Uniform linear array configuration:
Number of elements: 4
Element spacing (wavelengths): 1
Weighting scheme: exponential
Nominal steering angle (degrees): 30
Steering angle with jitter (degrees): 29.801
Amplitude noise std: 0.05
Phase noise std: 0.05

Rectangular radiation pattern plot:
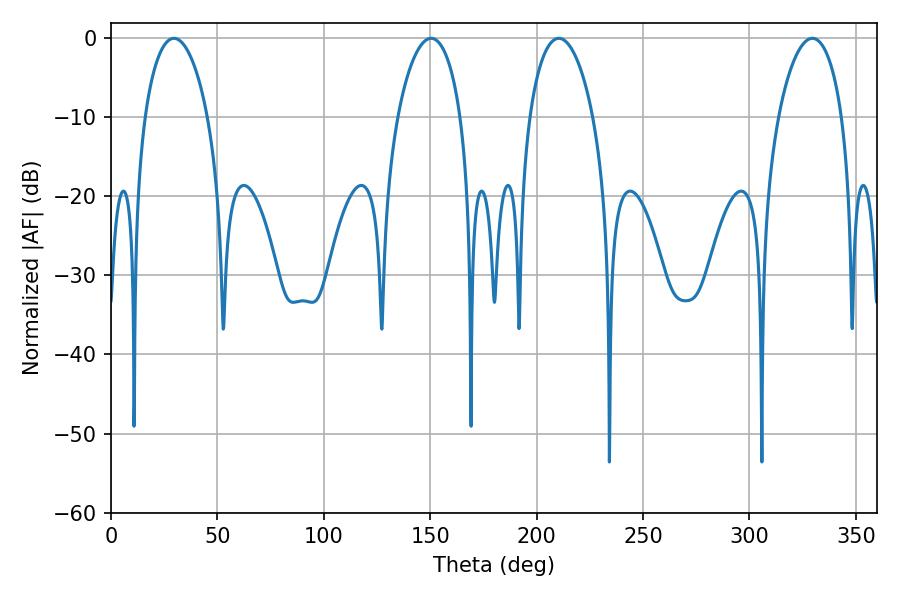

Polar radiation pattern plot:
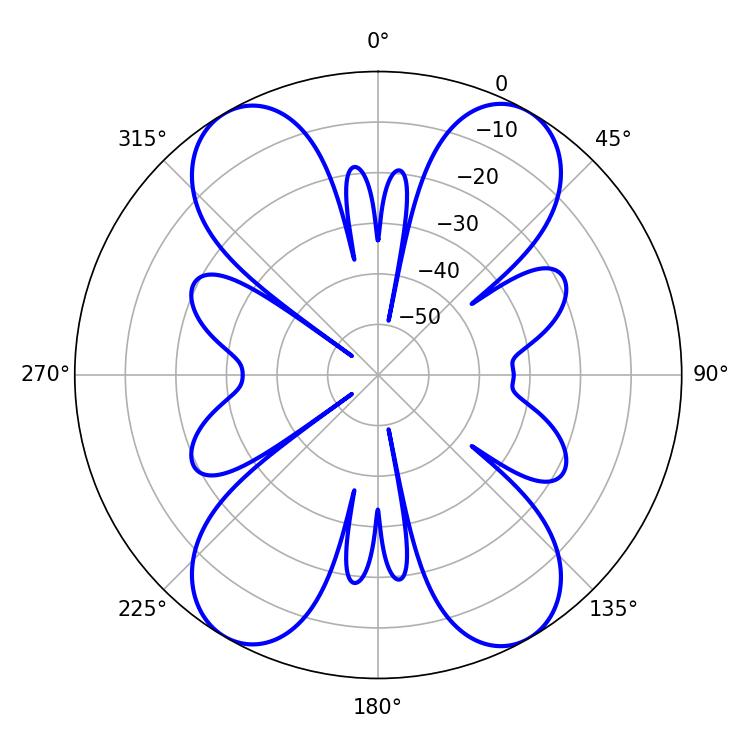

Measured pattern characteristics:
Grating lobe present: TRUE
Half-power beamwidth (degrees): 16.92
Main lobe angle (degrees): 210.42